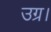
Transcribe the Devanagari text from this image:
उग्र।